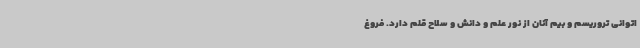
اتوانی تروریسم و بیم آنان از نور علم و دانش و سلاح قلم دارد. فروغ